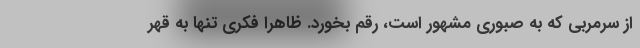
از سرمربی که به صبوری مشهور است، رقم بخورد. ظاهراً فکری تنها به قهر